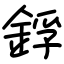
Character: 鋢